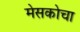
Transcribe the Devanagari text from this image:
मेसकोचा